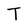
Character: T